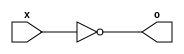
module not_1b(x, o);
  
  output o;
  input x;
  
  assign o = !x;
  
endmodule